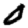
Digit: 0